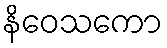
နိဝေသကော